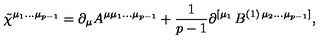
\tilde { \chi } ^ { \mu _ { 1 } \ldots \mu _ { p - 1 } } = \partial _ { \mu } A ^ { \mu \mu _ { 1 } \ldots \mu _ { p - 1 } } + \frac 1 { p - 1 } \partial ^ { \left[ \mu _ { 1 } \right. } B ^ { ( 1 ) \left. \mu _ { 2 } \ldots \mu _ { p - 1 } \right] } ,